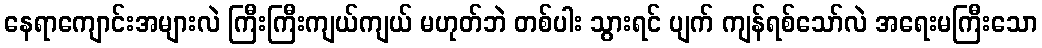
နေရာကျောင်းအများလဲ ကြီးကြီးကျယ်ကျယ် မဟုတ်ဘဲ တစ်ပါး သွားရင် ပျက် ကျန်ရစ်သော်လဲ အရေးမကြီးသော